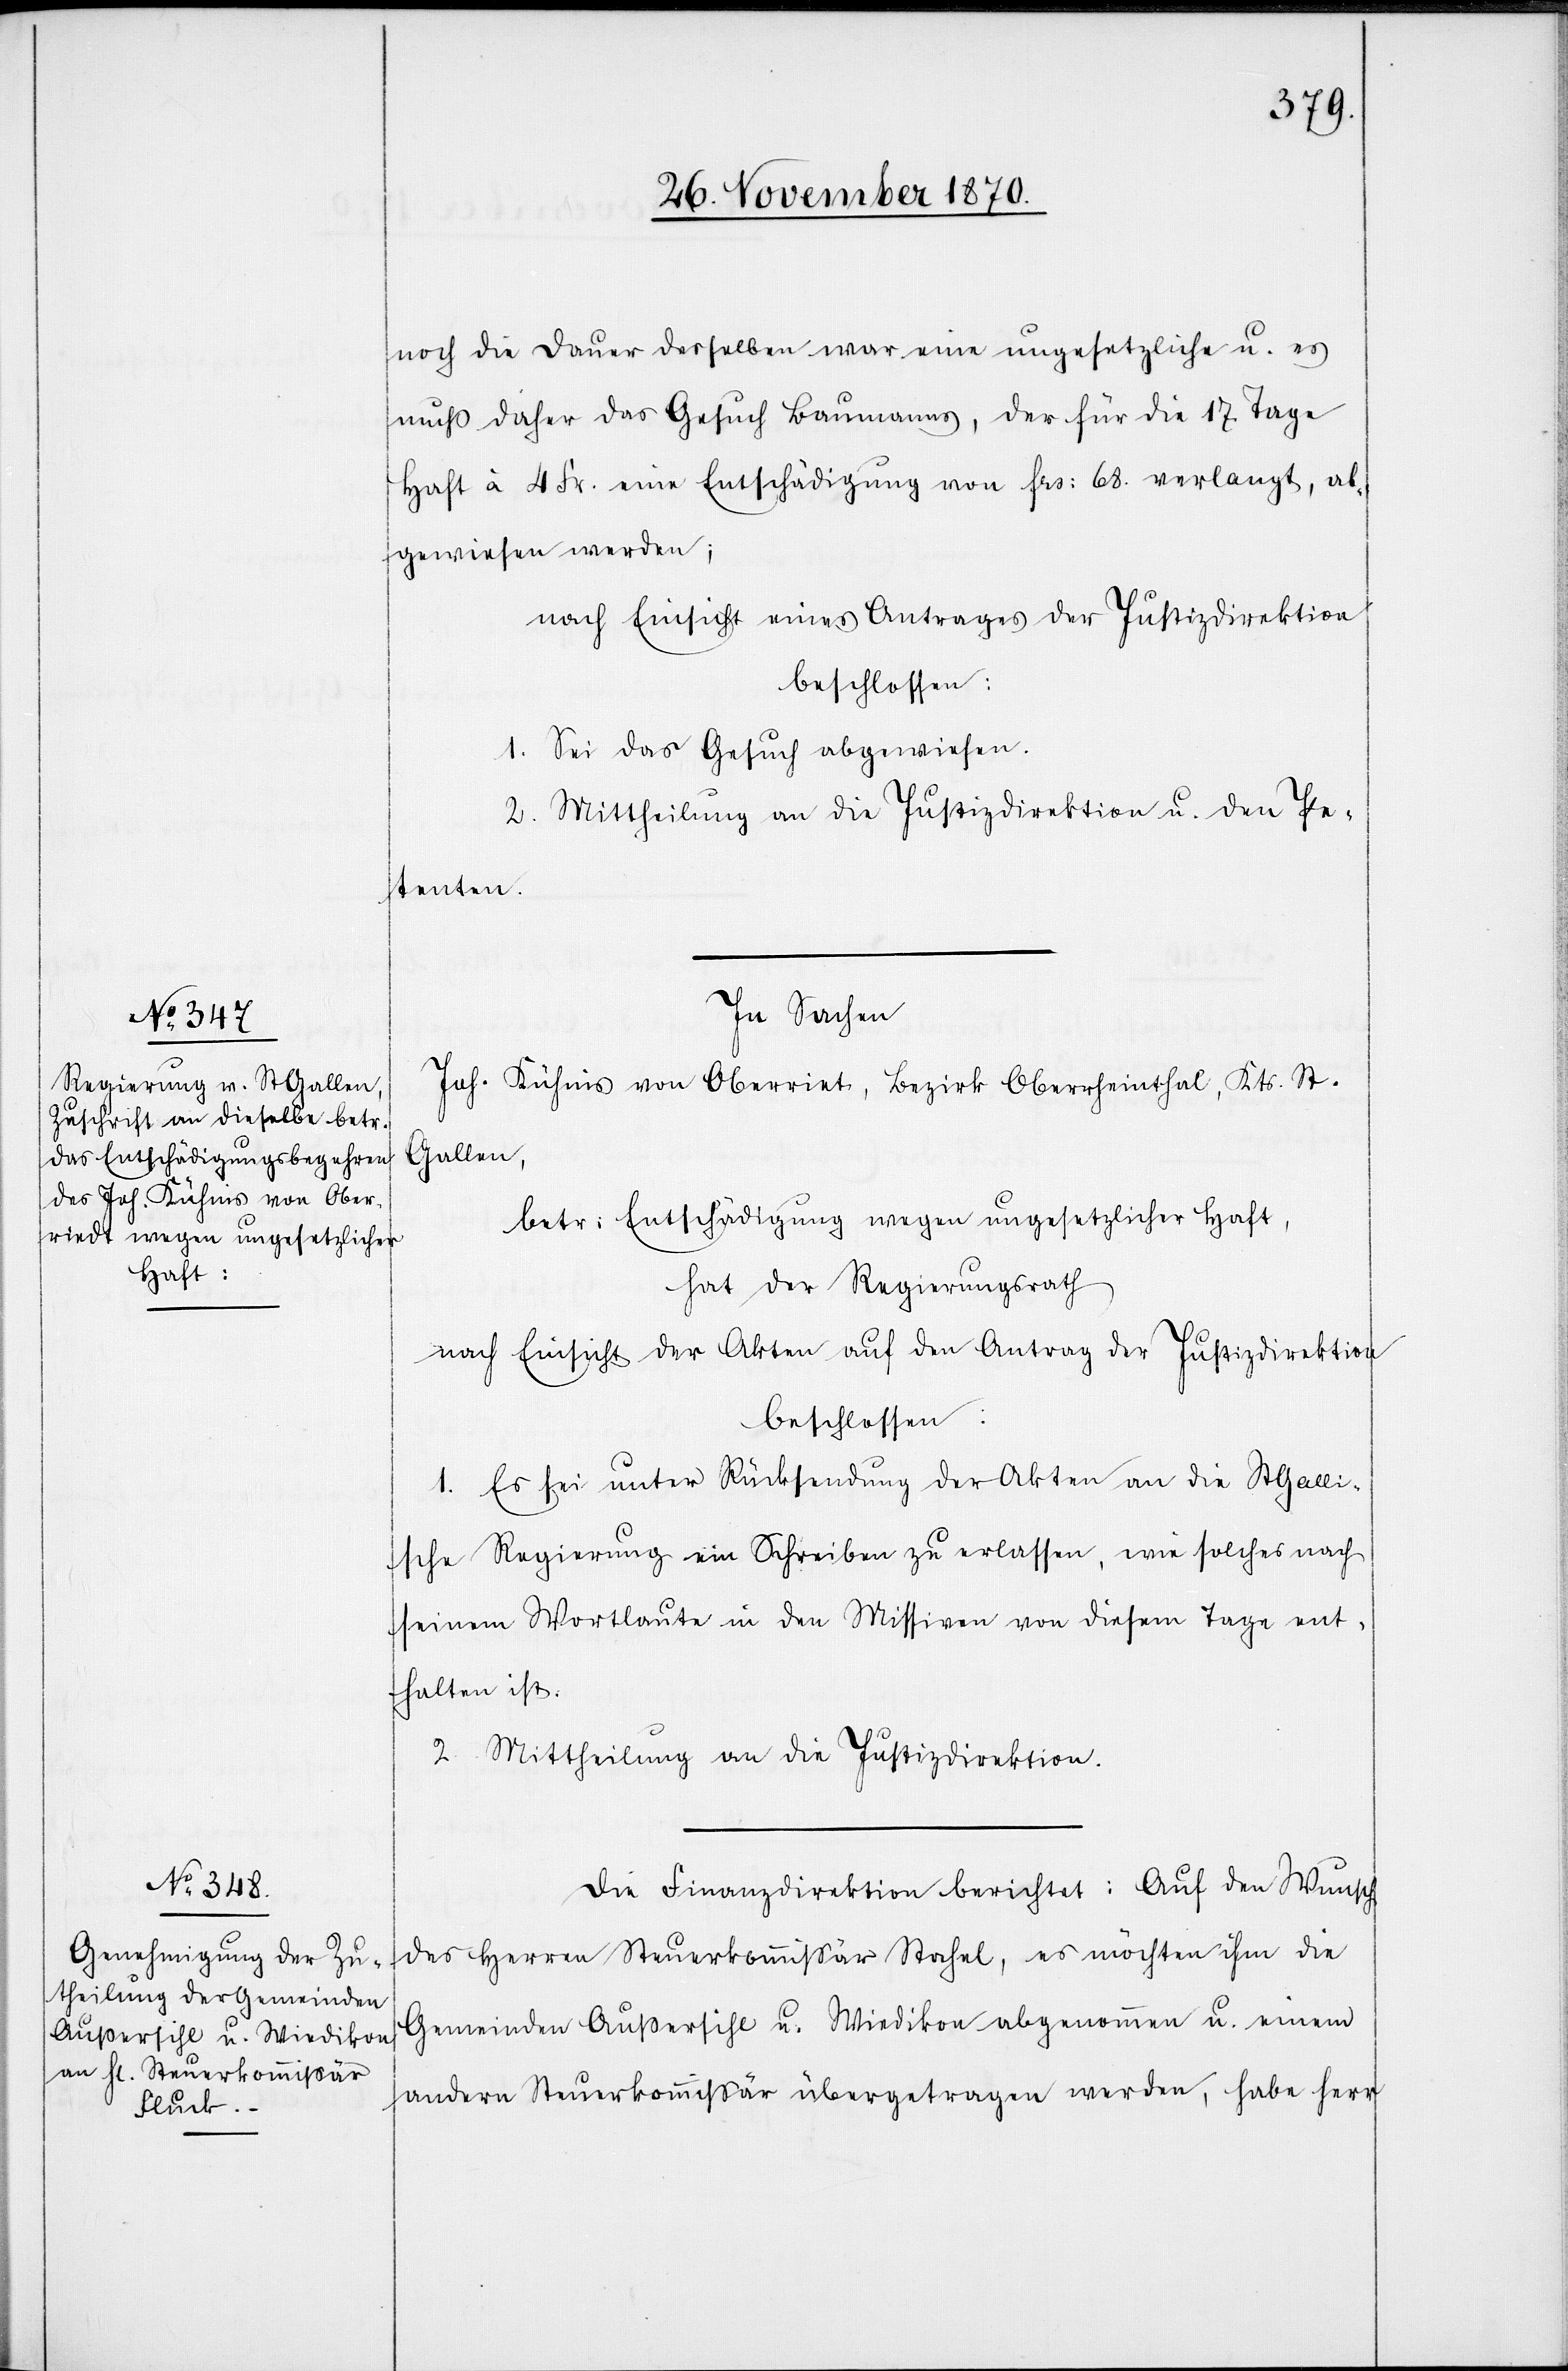
noch die Dauer derselben war eine ungesetzliche u. es
muß daher das Gesuch Baumanns, der für die 17 Tage
Haft à 4 Fr. eine Entschädigung von Frs: 68 verlangt, ab¬
gewiesen werden;
nach Einsicht eines Antrages der Justizdirektion
beschlossen:
1. Sei das Gesuch abgewiesen.
2. Mittheilung an die Justizdirektion u. den Pe¬
tenten.
In Sachen
Joh. Kühnis von Oberriet, Bezirk Oberrheinthal, Kts. St.
Gallen,
betr: Entschädigung wegen ungesetzlicher Haft,
hat der Regierungsrath
nach Einsicht der Akten auf den Antrag der Justizdirektion
beschlossen:
1. Es sei unter Rücksendung der Akten an die St. Galli¬
sche Regierung ein Schreiben zu erlassen, wie solches nach
seinem Wortlaute in den Missiven von diesem Tage ent¬
halten ist.
2. Mittheilung an die Justizdirektion.
Die Finanzdirektion berichtet: Auf den Wunsch
des Herren Steuerkommißär Stahel, es möchten ihm die
Gemeinden Außersihl u. Wiedikon abgenommen u. einem
andern Steuerkommißär übertragen werden, habe Herr